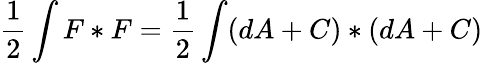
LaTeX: {\frac{1}{2}}\int F*F={\frac{1}{2}}\int(dA+C)*(dA+C)